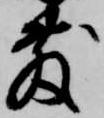
敷